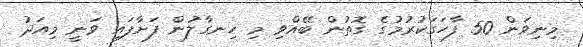
މިނިވަން 50 ފާހަގަކުރުމުގެ ގޮތުން ބޭއްވި މި ހިނގާލުން ފަށާފައި ވަނީ މިއަދު